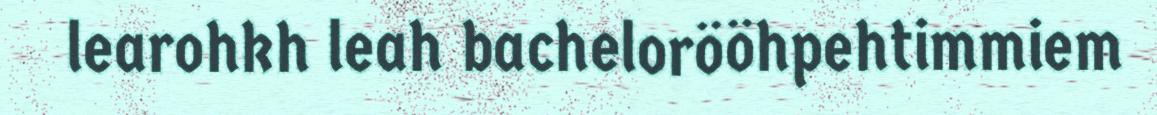
learohkh leah bachelorööhpehtimmiem